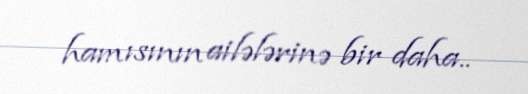
hamısının ailələrinə bir daha..